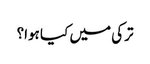
ترکی میں کیا ہوا؟